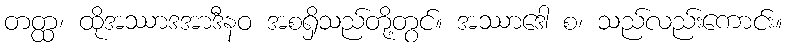
တတ္ထ၊ ထိုအဿာဒအာဒီနဝ အစရှိသည်တို့တွင်။ အဿာဒေါ စ၊ သည်လည်းကောင်း။